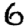
Digit: 6